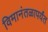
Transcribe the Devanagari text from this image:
विमानंतळापर्यंत